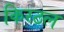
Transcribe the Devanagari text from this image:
किरठल